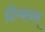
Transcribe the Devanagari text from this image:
ग्रीन्ब्लत्त्